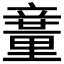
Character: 𥪽